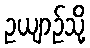
ဥယျာဉ်သို့